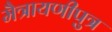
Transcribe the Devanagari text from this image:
मैत्रायणीपुत्र